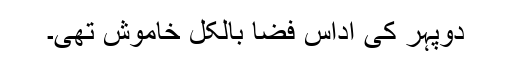
دوپہر کی اُداس فضا بالکل خاموش تھی۔